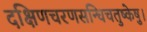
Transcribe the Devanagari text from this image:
दक्षिणचरणसन्धिचतुष्केषु।